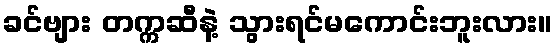
ခင်ဗျား တက္ကဆီနဲ့ သွားရင်မကောင်းဘူးလား။